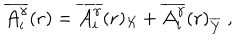
\overline { { { { \cal { A } } _ { i } ^ { \gamma } } } } ( { \bf { r } } ) = \overline { { { { \cal { A } } _ { i } ^ { \gamma } } } } ( { \bf { r } } ) _ { \cal X } + \overline { { { { \cal { A } } _ { i } ^ { \gamma } } } } ( { \bf { r } } ) _ { \overline { { { \cal Y } } } } \; ,